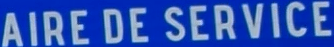
AIRE DE SERVICE